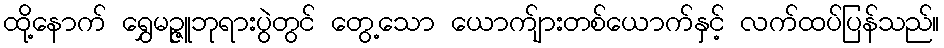
ထို့နောက် ရွှေမဉ္ဇူဘုရားပွဲတွင် တွေ့သော ယောက်ျားတစ်ယောက်နှင့် လက်ထပ်ပြန်သည်။